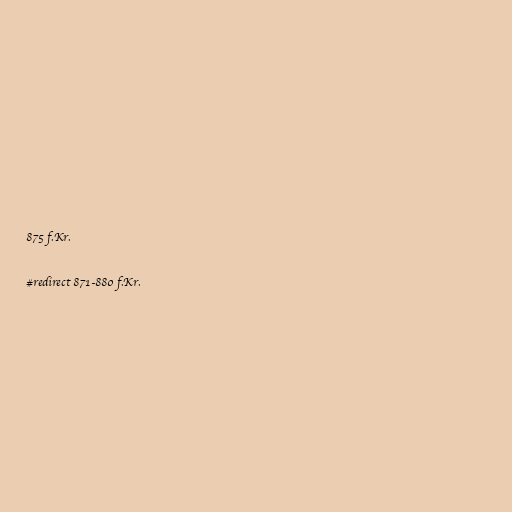
875 f.Kr.

#redirect 871-880 f.Kr.